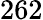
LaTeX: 262